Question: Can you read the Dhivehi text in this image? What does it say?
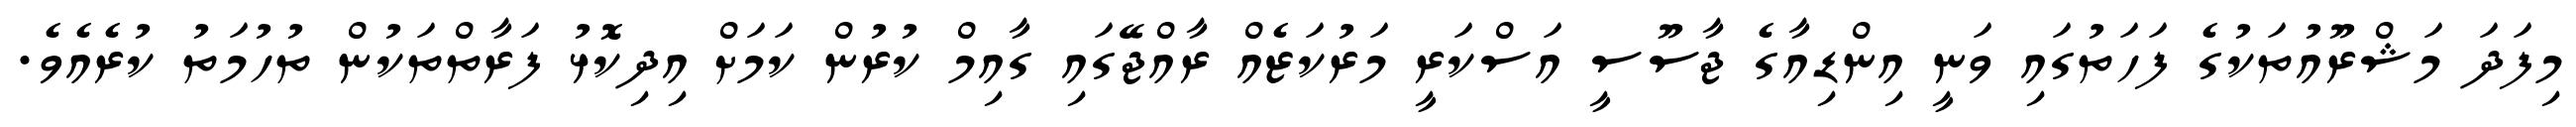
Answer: މިފަދަ މަޝްރޫއުތަކުގެ ފަހަތުގައި ވަނީ އިންޑިއާގެ ޖާސޫސީ އަސްކަރީ މަރުކަޒެއް ރާއްޖޭގައި ގާއިމް ކުރުން ކަމަށް އިދިކޮޅު ފަރާތްތަކުން ތުހުމަތު ކުރެއެވެ.